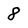
Character: 8